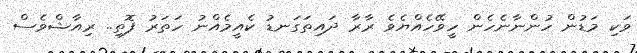
ވަކި މަޑުން ހުންނާނެހެން ހީވޭހެއްޔެވެ ރާރާ ދައިތަގަނޑު ކެއީމެއްނު ހަތަރު ފޮތި.. ރިއާޝްވެސް